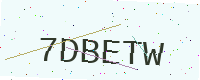
Text: 7DBETW